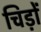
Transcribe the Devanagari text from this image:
चिड़ों